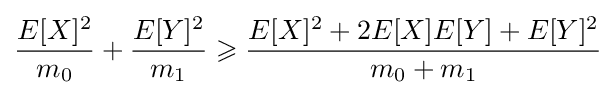
{\frac {E[X]^{2}}{m_{0}}}+{\frac {E[Y]^{2}}{m_{1}}}\geqslant {\frac {E[X]^{2}+2E[X]E[Y]+E[Y]^{2}}{m_{0}+m_{1}}}